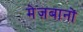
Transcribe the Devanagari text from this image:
मेज़बानों